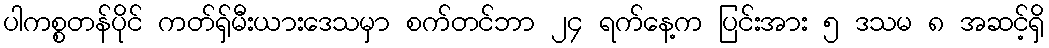
ပါကစ္စတန်ပိုင် ကတ်ရှ်မီးယားဒေသမှာ စက်တင်ဘာ ၂၄ ရက်နေ့က ပြင်းအား ၅ ဒသမ ၈ အဆင့်ရှိ